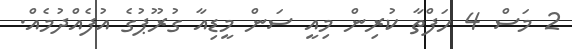
2 މަސް 4 ހަފްތާ ކުރިން މިއީ ސަން މީޑިއާ ގުރޫޕުގެ އުފެއްދުމެއް.